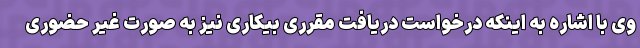
وی با اشاره به اینکه درخواست دریافت مقرری بیکاری نیز به صورت غیر حضوری